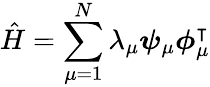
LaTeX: \hat{H}=\sum_{\mu=1}^{N}\lambda_{\mu}\boldsymbol{\psi}_{\mu}\boldsymbol{\phi}_{\mu}^{\intercal}